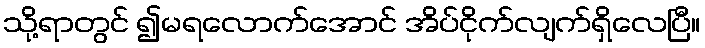
သို့ရာတွင် ၍မရလောက်အောင် အိပ်ငိုက်လျက်ရှိလေပြီ။